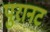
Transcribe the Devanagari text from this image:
पुरानट